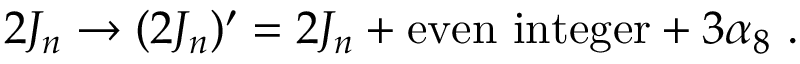
2 J _ { n } \rightarrow ( 2 J _ { n } ) ^ { \prime } = 2 J _ { n } + \mathrm { e v e n \ i n t e g e r } + 3 \alpha _ { 8 } \ .